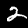
Label: 2